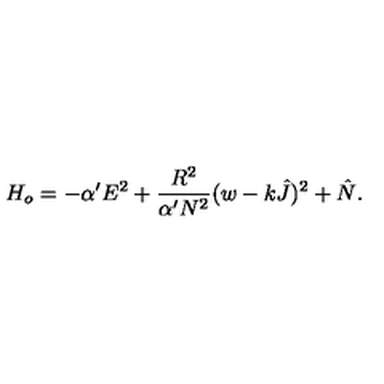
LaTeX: H _ { o } = - \alpha ^ { \prime } E ^ { 2 } + \frac { R ^ { 2 } } { \alpha ^ { \prime } N ^ { 2 } } ( w - k \hat { J } ) ^ { 2 } + \hat { N } .